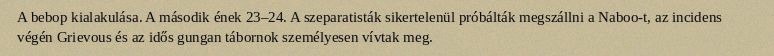
A bebop kialakulása. A második ének 23–24. A szeparatisták sikertelenül próbálták megszállni a Naboo-t, az incidens végén Grievous és az idős gungan tábornok személyesen vívtak meg.